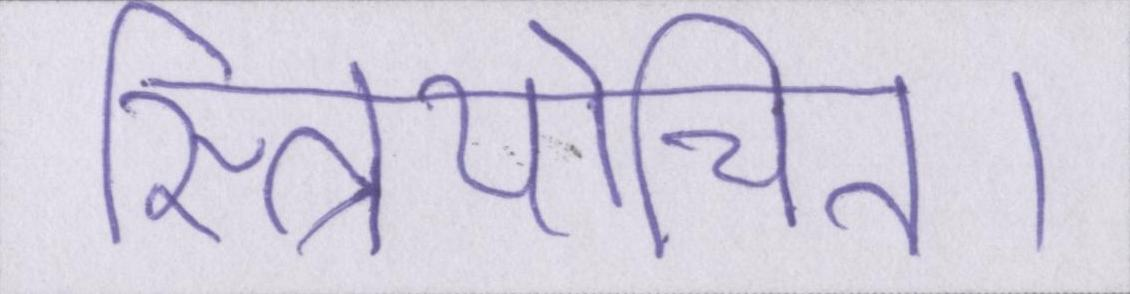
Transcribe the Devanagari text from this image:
स्त्रियोचित।